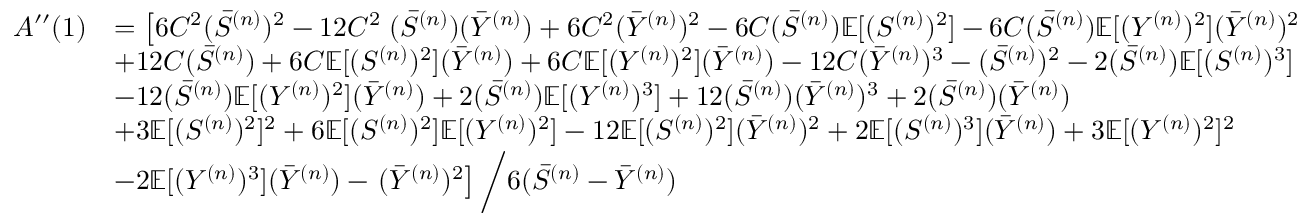
\begin{array} { r l } { A ^ { \prime \prime } ( 1 ) } & { = \left[ 6 C ^ { 2 } ( \Bar { S } ^ { ( n ) } ) ^ { 2 } - 1 2 C ^ { 2 } \right. ( \Bar { S } ^ { ( n ) } ) ( \Bar { Y } ^ { ( n ) } ) + 6 C ^ { 2 } ( \Bar { Y } ^ { ( n ) } ) ^ { 2 } - 6 C ( \Bar { S } ^ { ( n ) } ) \mathbb { E } [ ( S ^ { ( n ) } ) ^ { 2 } ] - 6 C ( \Bar { S } ^ { ( n ) } ) \mathbb { E } [ ( Y ^ { ( n ) } ) ^ { 2 } ] ( \Bar { Y } ^ { ( n ) } ) ^ { 2 } } \\ & { + 1 2 C ( \Bar { S } ^ { ( n ) } ) + 6 C \mathbb { E } [ ( S ^ { ( n ) } ) ^ { 2 } ] ( \Bar { Y } ^ { ( n ) } ) + 6 C \mathbb { E } [ ( Y ^ { ( n ) } ) ^ { 2 } ] ( \Bar { Y } ^ { ( n ) } ) - 1 2 C ( \Bar { Y } ^ { ( n ) } ) ^ { 3 } - ( \Bar { S } ^ { ( n ) } ) ^ { 2 } - 2 ( \Bar { S } ^ { ( n ) } ) \mathbb { E } [ ( S ^ { ( n ) } ) ^ { 3 } ] } \\ & { - 1 2 ( \Bar { S } ^ { ( n ) } ) \mathbb { E } [ ( Y ^ { ( n ) } ) ^ { 2 } ] ( \Bar { Y } ^ { ( n ) } ) + 2 ( \Bar { S } ^ { ( n ) } ) \mathbb { E } [ ( Y ^ { ( n ) } ) ^ { 3 } ] + 1 2 ( \Bar { S } ^ { ( n ) } ) ( \Bar { Y } ^ { ( n ) } ) ^ { 3 } + 2 ( \Bar { S } ^ { ( n ) } ) ( \Bar { Y } ^ { ( n ) } ) } \\ & { + 3 \mathbb { E } [ ( S ^ { ( n ) } ) ^ { 2 } ] ^ { 2 } + 6 \mathbb { E } [ ( S ^ { ( n ) } ) ^ { 2 } ] \mathbb { E } [ ( Y ^ { ( n ) } ) ^ { 2 } ] - 1 2 \mathbb { E } [ ( S ^ { ( n ) } ) ^ { 2 } ] ( \Bar { Y } ^ { ( n ) } ) ^ { 2 } + 2 \mathbb { E } [ ( S ^ { ( n ) } ) ^ { 3 } ] ( \Bar { Y } ^ { ( n ) } ) + 3 \mathbb { E } [ ( Y ^ { ( n ) } ) ^ { 2 } ] ^ { 2 } } \\ & { - 2 \mathbb { E } [ ( Y ^ { ( n ) } ) ^ { 3 } ] ( \Bar { Y } ^ { ( n ) } ) - \left. ( \Bar { Y } ^ { ( n ) } ) ^ { 2 } \right] \bigg / 6 ( \Bar { S } ^ { ( n ) } - \Bar { Y } ^ { ( n ) } ) } \end{array}